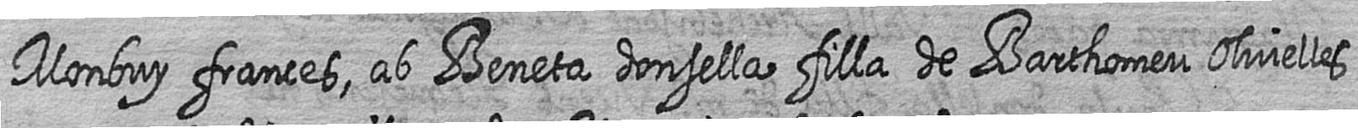
Monbuy frances ab Beneta donsella filla de Barthomeu olivelles